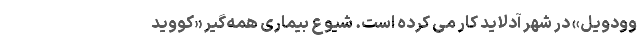
وودویل» در شهر آدلاید کار می کرده است. شیوع بیماری همه‌گیر «کووید